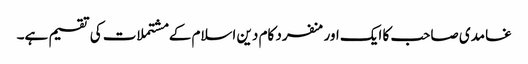
غامدی صاحب کا ایک اورمنفرد کام دین اسلام کے مشتملات کی تقسیم ہے۔